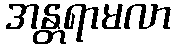
အန္တရာမလာ